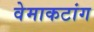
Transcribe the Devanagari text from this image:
वेमाकटांग